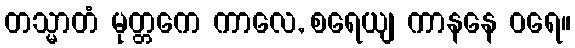
တသ္မာတံ မုတ္တကေ ကာလေ, စရေယျ ကာနနေ ဝရေ။